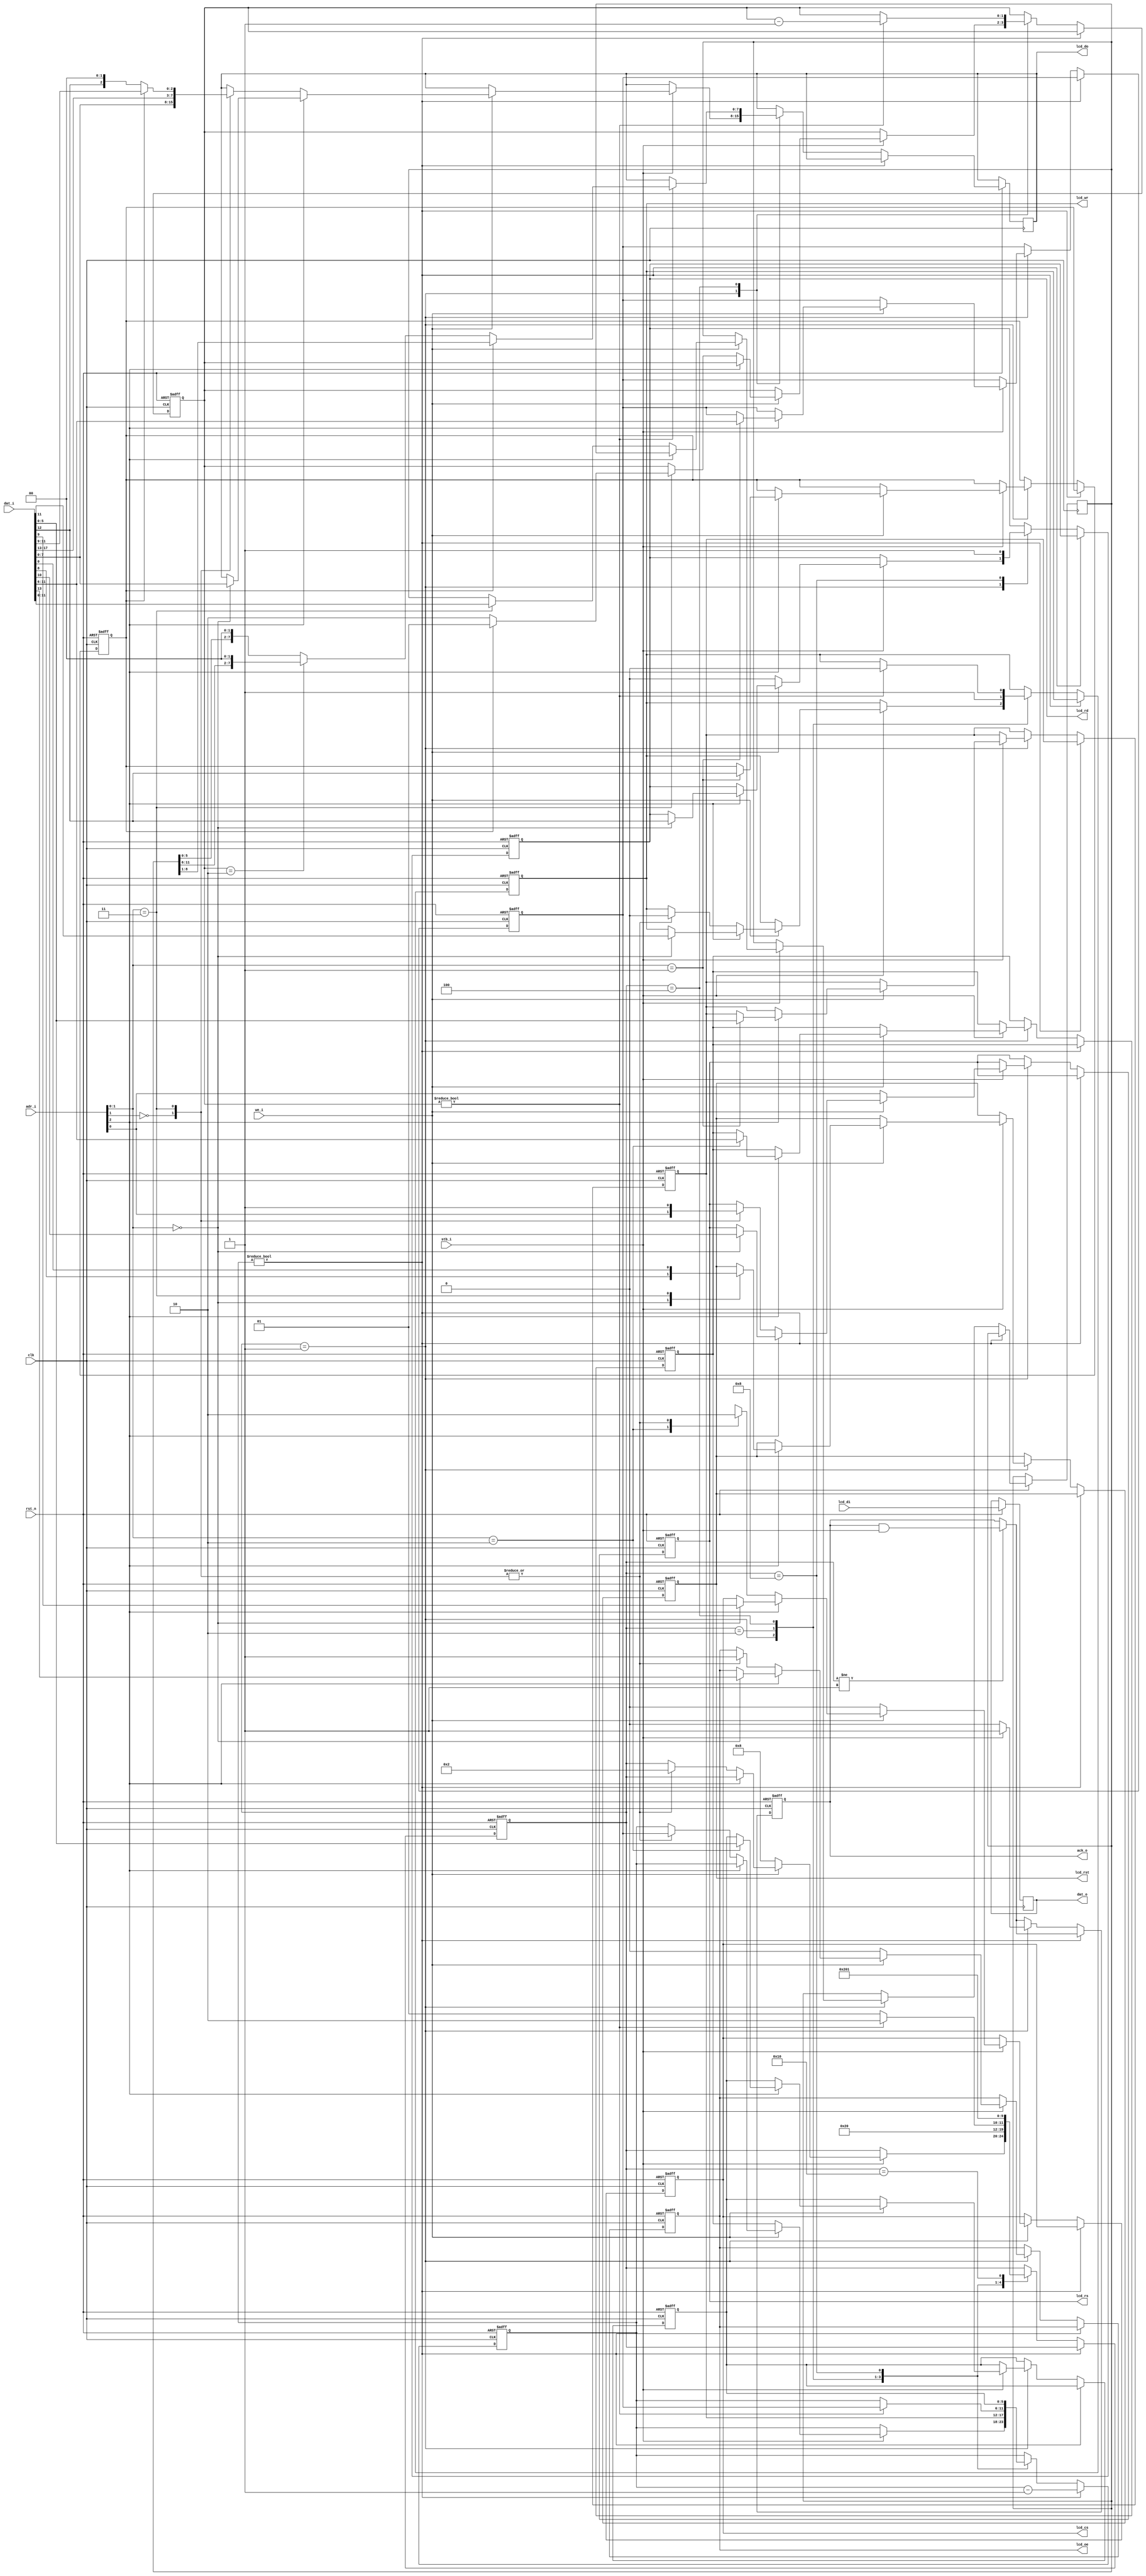
// LCD controller for ST7796, etc.                 12/16/2020 BNE
// License: This code is a gift to mankind and is dedicated to peace on Earth.

// Wishbone to LCD parallel interface and bus cycle controller.
// The maximum allowed `clk` frequency is 200 MHz.

`default_nettype none
module lcdcon(
  input wire                clk,
  input wire                rst_n,
// Wishbone Bob
  input wire  [2:0]         adr_i,      // address
  output reg  [7:0]         dat_o,      // data out
  input wire  [17:0]        dat_i,      // data in
  input wire                we_i,       // 1 = write, 0 = read
  input wire                stb_i,      // strobe
  output reg                ack_o,      // acknowledge
// LCD module with 8-bit bus and internal frame buffer
  input wire  [7:0]         lcd_di,     // read data
  output reg  [7:0]         lcd_do,     // write data
  output reg                lcd_oe,     // lcd_d output enable
  output reg                lcd_rd,     // RDX pin
  output reg                lcd_wr,     // WRX pin
  output reg                lcd_rs,     // D/CX pin
  output reg                lcd_cs,     // CSX pin
  output reg                lcd_rst     // RESET pin, active low
);

// adr  write                   read
//   0  command byte            read with RS=0
//   1  data byte               read with RS=1
//   2  chip select done        -
//   3  data (6:6:6 GRAM)       -
//   4  reserved for backlight  -
//   5  write timing            -
//   6  read timing             -
//   7  reset pin               -

// Controllers ST7796, ILI9341, ILI9488, etc. have similar bus timing in MCU mode.
// Read cycle timing is 6-bit: 320 nsec / 64 = 5ns

  reg [4:0] state;
  localparam IDLE    = 5'b00001;
  localparam WRITE_A = 5'b00010;
  localparam WRITE_B = 5'b00100;
  localparam READ_A  = 5'b01000;
  localparam READ_B  = 5'b10000;

  reg [5:0] count, rltime, rhtime, wltime, whtime;
  reg [1:0] plane;                      // color plane to output next, 0=none
  reg packed;                           // color is packed 5:6:5 16-bit
  reg [11:0] lcd_next;                  // color data for multi-cycle write

  always @(posedge clk, negedge rst_n) begin
    if (!rst_n) begin
      ack_o <= 1'b0;  state <= IDLE;  count <= 0;
      rltime <= 6'h3F;  rhtime <= 6'h3F;  packed <= 1'b0;
      wltime <= 6'h3F;  whtime <= 6'h3F;  plane <= 2'b00;
      {lcd_oe, lcd_rd, lcd_wr, lcd_rs, lcd_cs, lcd_rst} <= 6'b011110;
    end else begin
      dat_o = lcd_di;
      if (state != IDLE)
        ack_o <= ack_o & stb_i;
      if (count)
        count <= count - 1'b1;
      else begin
        case (state)
        IDLE:
          if (stb_i) begin
            ack_o <= 1'b1;
            if (we_i) begin
              if (adr_i[2]) begin
                case (adr_i[1:0])
                2'b00: {lcd_oe, lcd_rd, lcd_wr, lcd_rs, lcd_cs, lcd_rst, lcd_do} <= dat_i[13:0];
                2'b01: {packed, wltime, whtime} <= dat_i[12:0];
                2'b10: {rltime, rhtime} <= dat_i[11:0];
                2'b11: lcd_rst <= dat_i[0];
                endcase
              end else begin
                casez (adr_i[1:0])
                2'b0?:
                  begin
                    lcd_do <= dat_i[7:0];
                    state <= WRITE_A;  count <= wltime;
                    {lcd_cs, lcd_wr, lcd_oe, lcd_rs} <= {3'b001, adr_i[0]};
                  end
                2'b10:
                  lcd_cs <= 1'b1;
                2'b11:
                  begin
                    {lcd_cs, lcd_wr, lcd_oe, lcd_rs} <= 4'b0011;
                    lcd_next <= dat_i[11:0];
                    state <= WRITE_A;  count <= wltime;
                    if (packed) begin
                      lcd_do <= {dat_i[17:13], dat_i[11:9]};
                      plane <= 2'd1;
                    end else begin
                      lcd_do <= {dat_i[17:12], 2'b00};    // red
                      plane <= 2'd2;
                    end
                  end
                endcase
              end
            end else begin
              state <= READ_A;  count <= rltime;
              {lcd_cs, lcd_rd, lcd_oe, lcd_rs} <= {3'b000, adr_i[0]};
            end
          end
            else ack_o <= 1'b0;
        WRITE_A:
          begin
            state <= WRITE_B;  count <= whtime;
            lcd_wr <= 1'b1;
          end
        WRITE_B:
          begin
            if (plane) begin
              state <= WRITE_A;  count <= wltime;
              plane <= plane - 1'b1;  lcd_wr <= 1'b0;
              if (packed)
                lcd_do <= lcd_next[8:1];
              else if (plane == 2)
                lcd_do <= {lcd_next[11:6], 2'b00};
              else
                lcd_do <= {lcd_next[5:0], 2'b00};
            end else state <= IDLE;
          end
        READ_A:
          begin
            state <= READ_B;  count <= rhtime;
            lcd_rd <= 1'b1;
          end
        READ_B:
          state <= IDLE;
        endcase
      end
    end
  end

endmodule
`default_nettype wire